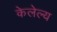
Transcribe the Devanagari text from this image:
केलेल्य